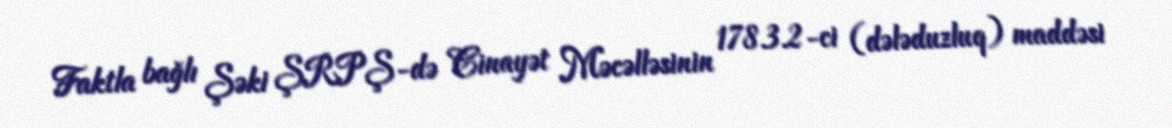
Faktla bağlı Şəki ŞRPŞ-də Cinayət Məcəlləsinin 178.3.2-ci (dələduzluq) maddəsi